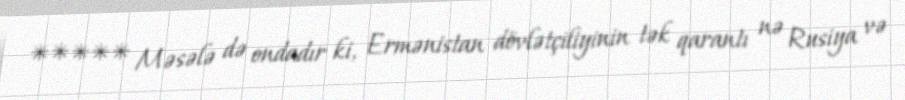
***** Məsələ də ondadır ki, Ermənistan dövlətçiliyinin tək qarantı nə Rusiya və